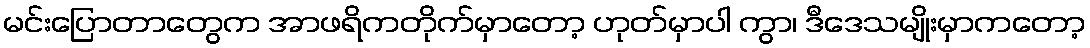
မင်းပြောတာတွေက အာဖရိကတိုက်မှာတော့ ဟုတ်မှာပါ ကွာ၊ ဒီဒေသမျိုးမှာကတော့